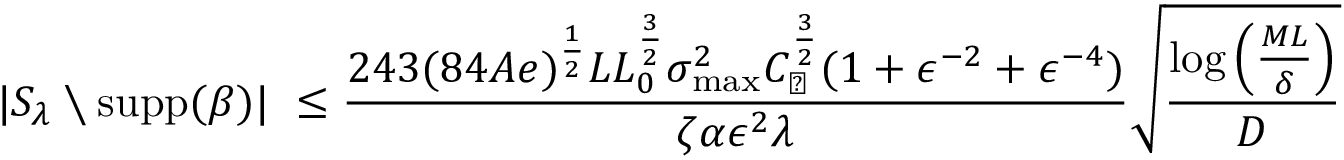
| S _ { \lambda } \setminus \operatorname { s u p p } ( { \boldsymbol { \beta } } ) | ~ \leq \frac { 2 4 3 ( 8 4 A e ) ^ { \frac 1 2 } L L _ { 0 } ^ { \frac 3 2 } \sigma _ { \operatorname* { m a x } } ^ { 2 } C _ { \sharp } ^ { \frac 3 2 } ( 1 + \epsilon ^ { - 2 } + \epsilon ^ { - 4 } ) } { \zeta \alpha \epsilon ^ { 2 } \lambda } \sqrt { \frac { \log \left( \frac { M L } { \delta } \right) } D }